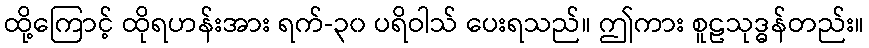
ထို့ကြောင့် ထိုရဟန်းအား ရက်-၃၀ ပရိဝါသ် ပေးရသည်။ ဤကား စူဠသုဒ္ဓန်တည်း။